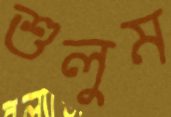
শুলুম